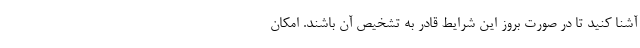
آشنا کنید تا در صورت بروز این شرایط قادر به تشخیص آن باشند. امکان